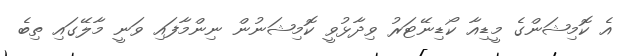
އެ ކޮމިޝަންގެ މީޑިއާ ކޯޑިނޭޓަރު ވިދާޅުވީ ކޮމިޝަނުން ނިންމާފައި ވަނީ މާލޭގައި ތިބެ